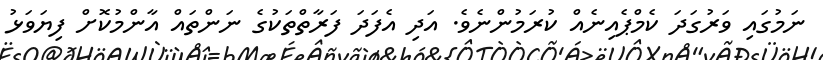
ނަމުގައި ވަރުގަދަ ކެމްޕެއިނެއް ކުރަމުންނެވެ. އަދި އެފަދަ ފަރާތްތަކުގެ ނަންތައް އާންމުކޮށް ފިޔަވަޅު